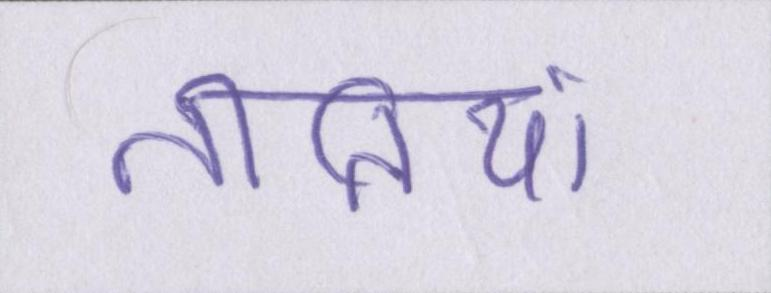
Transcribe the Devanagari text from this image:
नीतियां